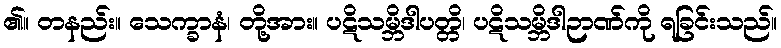
၏။ တနည်း။ သေက္ခာနံ၊ တို့အား။ ပဋိသမ္ဘိဒါပတ္တိ၊ ပဋိသမ္ဘိဒါဉာဏ်ကို ရခြင်းသည်။